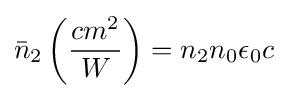
{\bar {n}}_{2}\left({cm^{2} \over W}\right)=n_{2}n_{0}\epsilon _{0}c